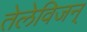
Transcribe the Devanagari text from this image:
तेलेविजन्